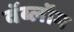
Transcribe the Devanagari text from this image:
वॅब्लॉग